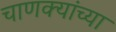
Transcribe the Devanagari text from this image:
चाणक्यांच्या